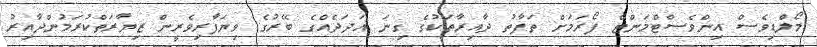
މޯލްޑިވެސް އިންވެސްޓްމަންޓް ފޯރަމަށް ތަފާތު ދާއިރާތަކުގެ ގިނަ އަދަދެއްގެ ބޭރުގެ ވިޔަފާރިވެރީން ޒިޔާރަތްކުރަމުންދާއިރު